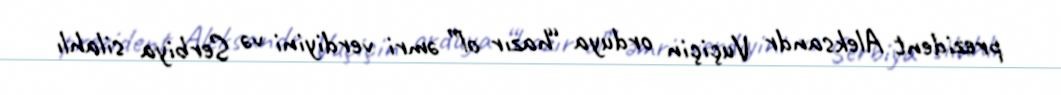
prezident Aleksandr Vuçiçin orduya “hazır ol” əmri verdiyini və Serbiya silahlı